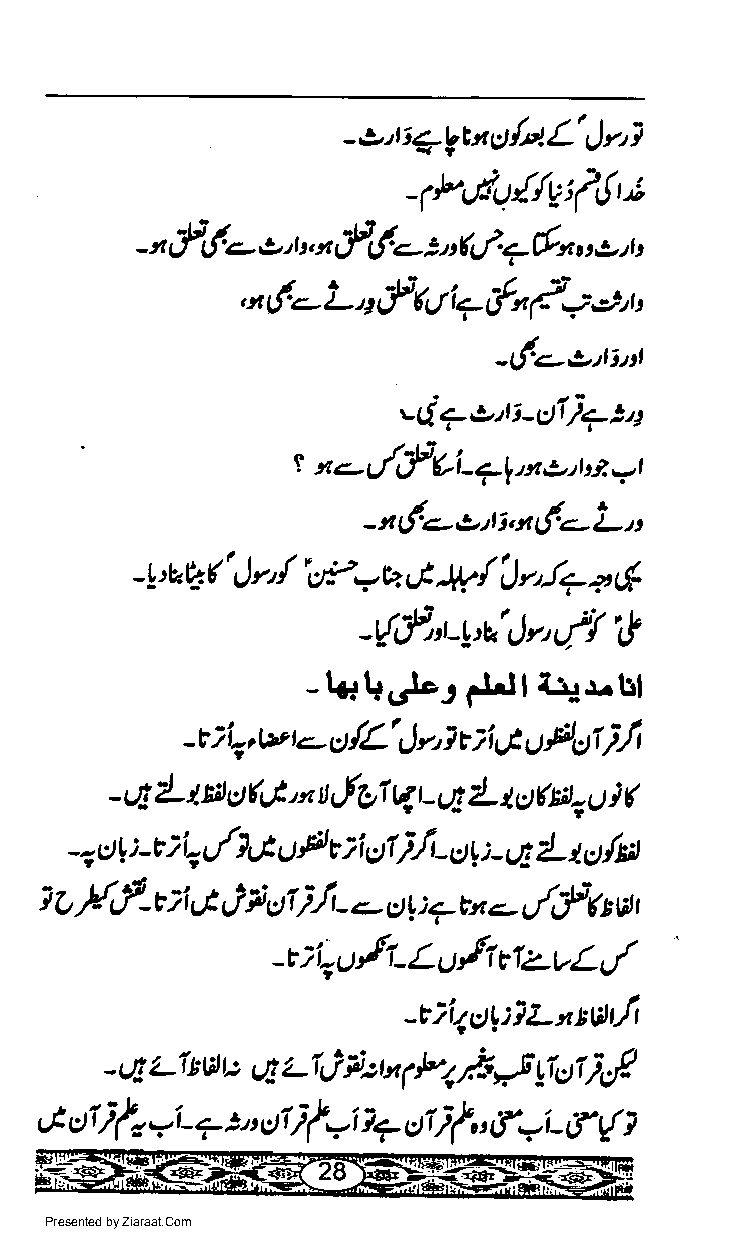
l
 - c,t ; + b E t tt /.e! L' J r,
 -rP,ltt{fU;l{';
 n,f('-.
 n, n,f,f'.- rQ/. <-6n o t
 -                  2         u  tr
 , n f.-- L a,! r11 iT rfn /- u -t"'
 -('c.-'trri
 wQ+,tli-gI)72a
 s/f,{i
 9 x <--    <-1,x o,t :t -r
 -
 -t1f.<,-ottiot(c-L,t
 /                      ti
 -t:'b.V(' &, "cJ-.2- u1J -M J y, l+ +
 /',!
 -{rf"t-Y'a' n r/.
 r)
 -l+l+.,.lor $lf4.r.trl
 /L'              )l
 -t ) q, r,v t - s ! r, I t ;i G ! Petl
 (
 - LE L $n t) 4J' q u'Jgi q t - r4 2- a s f H -, u )
 )i
 -7 ct ti -c ri-, L{rG u F t ;i sI - ct r, : - q L U /N
 i r., F-,f- *i C J F o7) ,fi- .- c) t : 7 yn -,./,f * ut t
 -trEurfl-Lufi{z-vLt/
 -Eliptg:iLntvtt/r
 - ug z-1t tit E Ln L'ij ii: t, ( P/, /. - ' J !'ictqs?
 oi/t          ityit?  uilt,r,fyi_trt{,
 G      Yi_?24c)1
 Presented by Ziaraat.Com